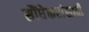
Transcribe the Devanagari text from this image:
सौंधेकरांसाठी